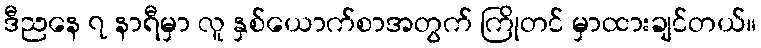
ဒီညနေ ၇ နာရီမှာ လူ နှစ်ယောက်စာအတွက် ကြိုတင် မှာထားချင်တယ်။